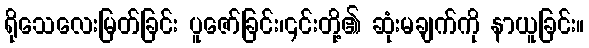
ရိုသေလေးမြတ်ခြင်း ပူဇော်ခြင်း၊၎င်းတို့၏ ဆုံးမချက်ကို နာယူခြင်း။